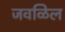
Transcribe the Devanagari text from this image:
जवळिल